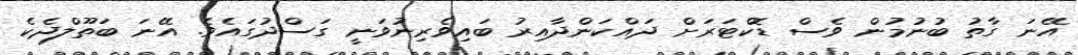
އޭނަ ގާތު ބުނުމުން ވެސް ޑޮކްޓަރަށް ދައްކަންދާއިރު ބައިވެރިނުވަނީ ގަސްދުގައެވެ. އޭނަ ބަތޫލްދެކެ